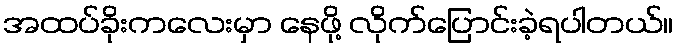
အထပ်ခိုးကလေးမှာ နေဖို့ လိုက်ပြောင်းခဲ့ရပါတယ်။